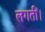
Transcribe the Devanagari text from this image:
लगतीं।